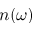
n ( \omega )